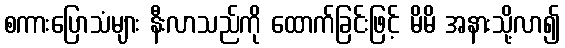
စကားပြောသံများ နီးလာသည်ကို ထောက်ခြင်းဖြင့် မိမိ အနားသို့လာ၍